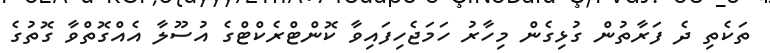
ތަކެތި ދެ ފަރާތުން ގުޅިގެން މިހާރު ހަމަޖެހިފައިވާ ކޮންޓްރެކްޓްގެ އުސޫލާ އެއްގޮތްވާ ގޮތުގެ